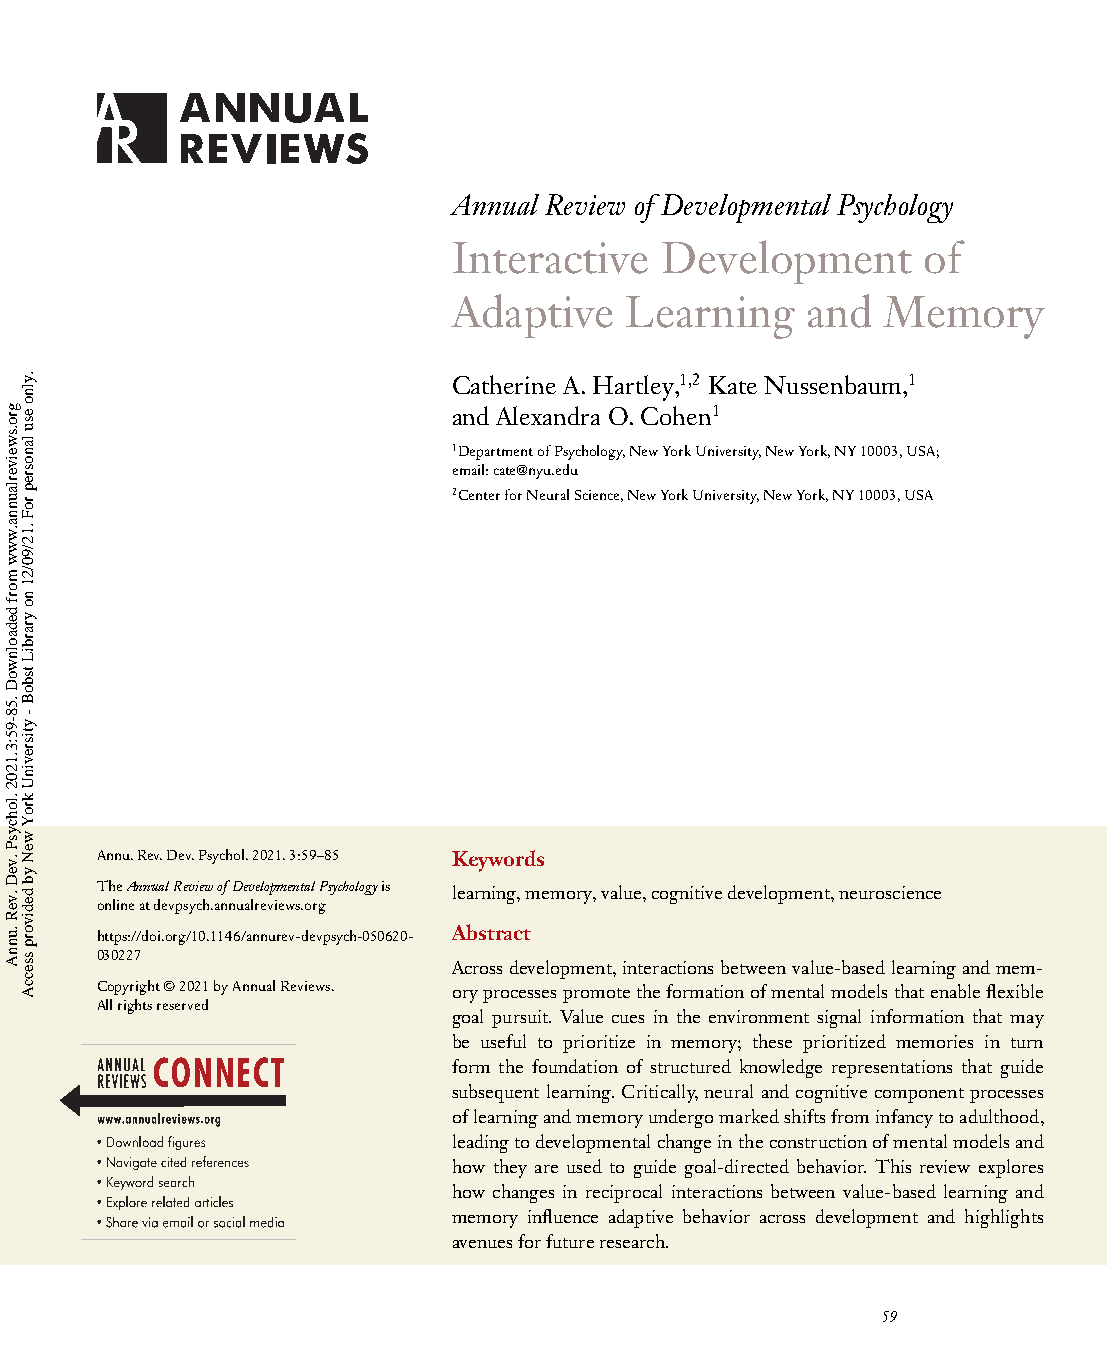
Annual Review of Developmental Psychology
 Interactive   Development      of
 Adaptive   Learning    and  Memory
 Catherine A.Hartley,1,2 Kate Nussenbaum,1
 and Alexandra O.Cohen1
 1DepartmentofPsychology,NewYorkUniversity,NewYork,NY10003,USA;
 email:cate@nyu.edu
 2CenterforNeuralScience,NewYorkUniversity,NewYork,NY10003,USA
 Annu.Rev.Dev.Psychol.2021.3:59–85 Keywords
 TheAnnualReviewofDevelopmentalPsychologyis learning,memory,value,cognitivedevelopment,neuroscience
 onlineatdevpsych.annualreviews.org
 https://doi.org/10.1146/annurev-devpsych-050620- Abstract
 030227
 Acrossdevelopment,interactionsbetweenvalue-basedlearningandmem-
 Copyright©2021byAnnualReviews. oryprocessespromotetheformationofmentalmodelsthatenableflexible
 Allrightsreserved
 goal pursuit. Value cues in the environment signal information that may
 be useful to prioritize in memory; these prioritized memories in turn
 form the foundation of structured knowledge representations that guide
 subsequentlearning.Critically,neuralandcognitive componentprocesses
 oflearningandmemoryundergomarkedshiftsfrominfancytoadulthood,
 leadingtodevelopmentalchangeintheconstructionofmentalmodelsand
 how they are used to guide goal-directed behavior. This review explores
 how changes in reciprocal interactions between value-based learning and
 memory influence adaptive behavior across development and highlights
 avenuesforfutureresearch.
 59
 gro.sweiverlaunna.www
 morf
 dedaolnwoD
 .58-95:3.1202
 .lohcysP
 .veD
 .veR
 .unnA
 .ylno
 esu
 lanosrep
 roF
 .12/90/21
 no
 yrarbiL
 tsboB
 -
 ytisrevinU
 kroY
 weN
 yb
 dedivorp
 sseccA